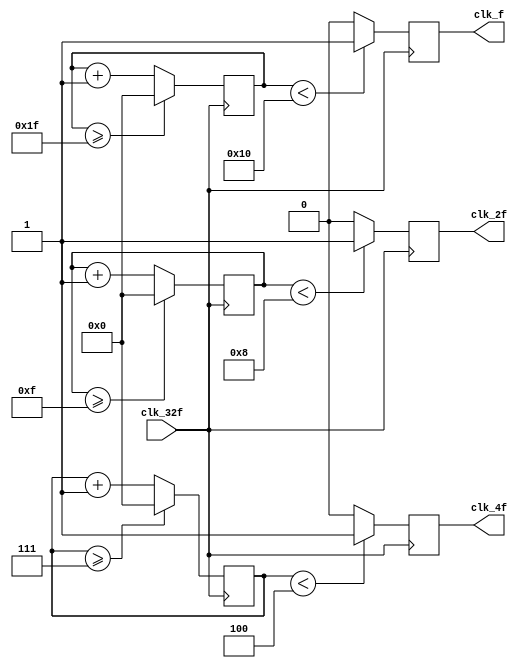
module clock_generator(
    input clk_32f,
    output reg clk_f,
    output reg clk_2f,
    output reg clk_4f
    );

    reg [27:0] counter1 = 28'd4;
    reg [27:0] counter2 = 28'd4;
    reg [27:0] counter3 = 28'd4;
    parameter df_1 = 28'd32; //divisor de frecuencia
    parameter df_2 = 28'd16; //divisor de frecuencia
    parameter df_4 = 28'd8; //divisor de frecuencia

    always @(posedge clk_32f)
    begin
      counter1<= counter1 + 28'd1;
        if (counter1 >=(df_1-1))
            counter1 <= 28'd0;
            clk_f <= (counter1 <df_1/2)?1'b1:1'b0;
    end

    always @(posedge clk_32f)
    begin
      counter2 <= counter2 + 28'd1;
        if (counter2 >=(df_2-1))
            counter2 <= 28'd0;
            clk_2f <= (counter2 <df_2/2)?1'b1:1'b0;
    end
    
    always @(posedge clk_32f)
    begin
      counter3 <= counter3 + 28'd1;
        if (counter3 >=(df_4-1))
            counter3 <= 28'd0;
            clk_4f <= (counter3 <df_4/2)?1'b1:1'b0;
    end
    
endmodule